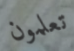
تعلمون